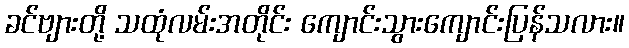
ခင်ဗျားတို့ သထုံလမ်းအတိုင်း ကျောင်းသွားကျောင်းပြန်သလား။